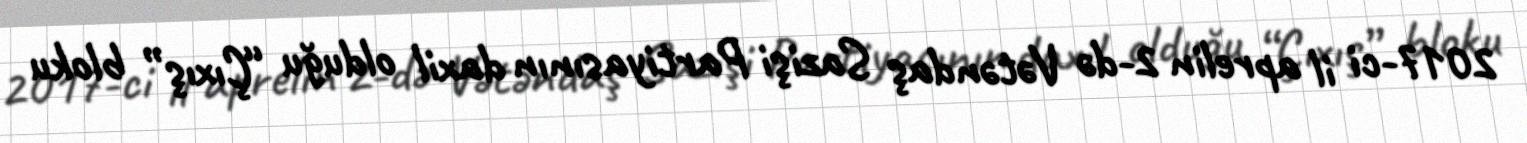
2017-ci il aprelin 2-də Vətəndaş Sazişi Partiyasının daxil olduğu “Çıxış” bloku